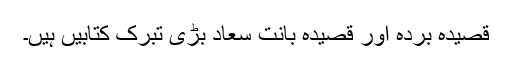
قصیدہ بُردہ اور قصیدہ بانت سعاد بڑی تبرک کتابیں ہیں۔